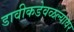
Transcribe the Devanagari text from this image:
डावीकडेवळल्यावर